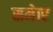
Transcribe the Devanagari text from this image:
समेार